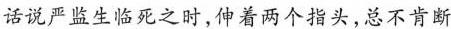
话说严监生临死之时，伸着两个指头，总不肯断